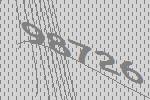
98726